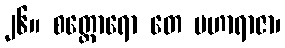
၂၆။ စတ္တောရော တေ မဟာရာဇာ၊